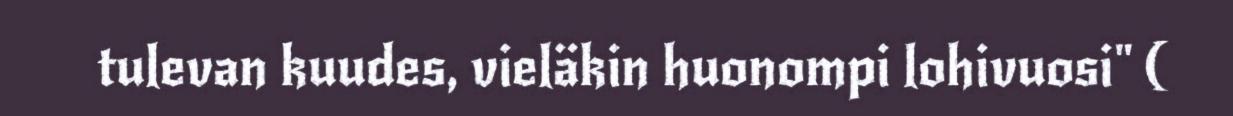
tulevan kuudes, vieläkin huonompi lohivuosi" (